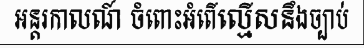
អន្តរកាលណ៍ ចំពោះអំពើល្មើសនឹងច្បាប់